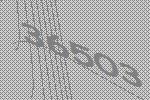
36503